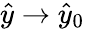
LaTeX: \hat{y}\to\hat{y}_{0}